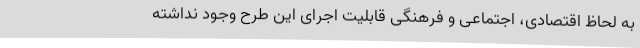
به لحاظ اقتصادی، اجتماعی و فرهنگی قابلیت اجرای این طرح وجود نداشته